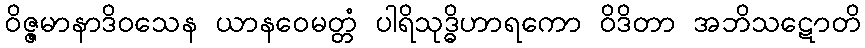
ဝိဇ္ဇမာနာဒိဝသေန ယာနဝေမတ္တံ ပါရိသုဒ္ဓိဟာရကော ဝိဒိတာ အဘိသဋောတိ